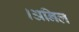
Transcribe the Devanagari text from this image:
।अनिल